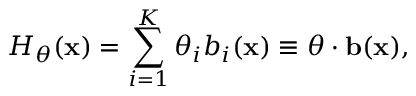
H _ { \boldsymbol \theta } ( \mathbf { x } ) = \sum _ { i = 1 } ^ { K } \theta _ { i } b _ { i } ( \mathbf { x } ) \equiv { \boldsymbol \theta } \cdot \mathbf { b } ( \mathbf { x } ) ,